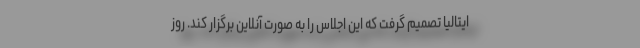
ایتالیا تصمیم گرفت که این اجلاس را به صورت آنلاین برگزار کند. روز